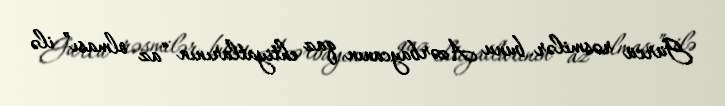
Gürcü rəsmilər bunu Azərbaycanın qaz ehtiyatlarının “az olması” ilə